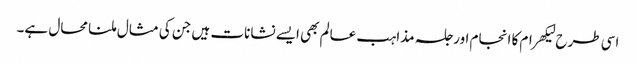
اسی طرح لیکھرام کا انجام اور جلسہ مذاہب عالم بھی ایسے نشانات ہیں جن کی مثال ملنا محال ہے۔